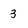
Character: 3